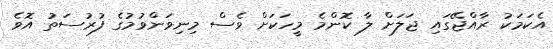
އެކަމަކު ރާއްޖޭގައި ޖަލަށް ލާ ކޮންމެ މީހަކަށް ވެސް މިނިވަންވުމުގެ ފުރުސަތު އޮވެ